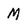
Character: M